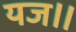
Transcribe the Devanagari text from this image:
यज॥